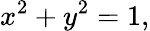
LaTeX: x^{2}+y^{2}=1,